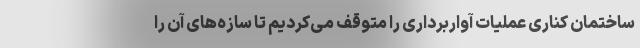
ساختمان کناری عملیات آواربرداری را متوقف می‌کردیم تا سازه‌های آن را